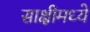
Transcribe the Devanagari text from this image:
साक्षीमध्ये